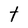
Character: t